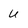
Character: U